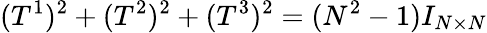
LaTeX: (T^{1})^{2}+(T^{2})^{2}+(T^{3})^{2}=(N^{2}-1)I_{N\times N}